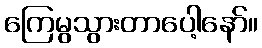
ကြေမွသွားတာပေါ့နော်။